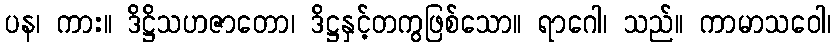
ပန၊ ကား။ ဒိဋ္ဌိသဟဇာတော၊ ဒိဋ္ဌနှင့်တကွဖြစ်သော။ ရာဂေါ၊ သည်။ ကာမာသဝေါ၊